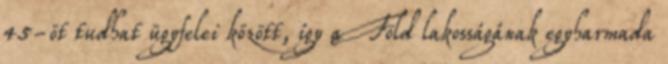
45-öt tudhat ügyfelei között, így a Föld lakosságának egyharmada